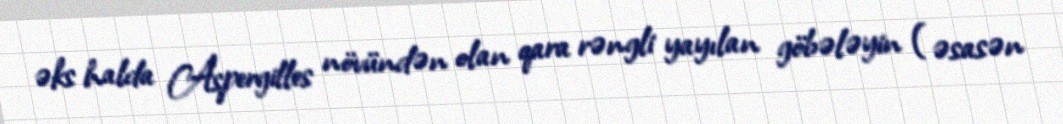
əks halda Aspergilles növündən olan qara rəngli yayılan göbələyin (əsasən